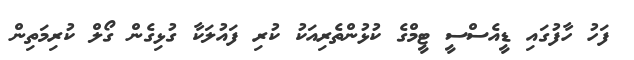
ފަހު ހާފުގައި ޑީއެސްސީ ޓީމްގެ ކުޅުންތެރިއަކު ކުރި ފައުލަކާ ގުޅިިގެން ގޯލް ކުރިމަތިން